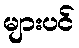
များပင်